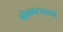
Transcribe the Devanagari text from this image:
बोलपटासाठी